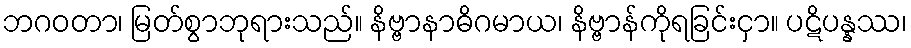
ဘဂဝတာ၊ မြတ်စွာဘုရားသည်။ နိဗ္ဗာနာဓိဂမာယ၊ နိဗ္ဗာန်ကိုရခြင်းငှာ။ ပဋိပန္နဿ၊